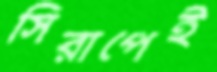
সিরাপেই